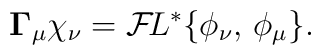
{\bf \Gamma}_\mu \chi_\nu ={\cal F}\!L^* \{ \phi_{\nu},\,\phi_{\mu} \}.